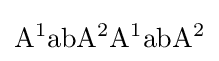
\mathrm {A^{1}abA^{2}A^{1}abA^{2}}